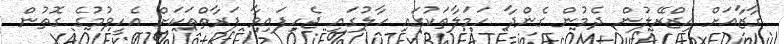
ގާޒާއަށް އިޒްރޭލުން ދެމުން ގެންދާ ހަމަލާތަކުގައި ހާލުގައި ޖެހިފައިވާ ފަރާތްތަކަށް އެހީވުމުގެ ގޮތުން